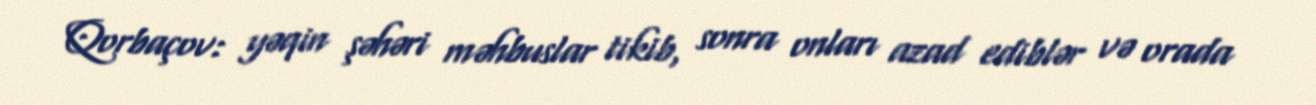
Qorbaçov: yəqin şəhəri məhbuslar tikib, sonra onları azad ediblər və orada